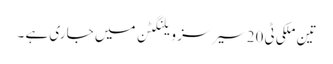
تین ملکی ٹی 20سیرسز ویلنگٹن میں جا ری ہے ۔